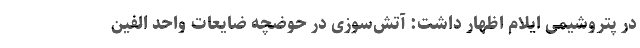
در پتروشیمی ایلام اظهار داشت: آتش‌سوزی در حوضچه ضایعات واحد الفین